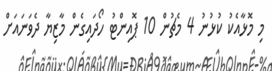
މި މޮޅާއެކު ކުޅުނު 4 މެޗުން 10 ޕޮއިންޓު ހޯދައިގެން މާޒިޔާ ދެވަނައަށް